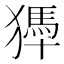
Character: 𤡹